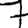
Digit: 7